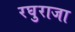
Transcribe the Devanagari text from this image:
रघुराजा